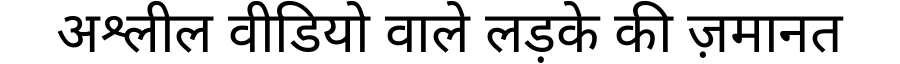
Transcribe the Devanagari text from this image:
अश्लील वीडियो वाले लड़के की ज़मानत